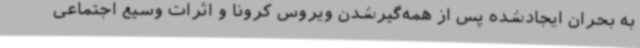
به بحران ایجادشده پس از همه‌گیر‌شدن ویروس کرونا و اثرات وسیع اجتماعی